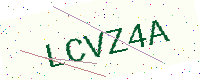
Text: LCVZ4A